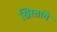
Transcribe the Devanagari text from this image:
ख्रिस्तांचे